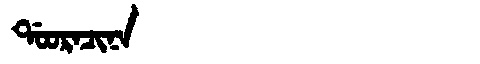
Manchu: ᡩᠣᠣᡵᠠᠴᡳᠨᠠ
Romanization: DOORACINA